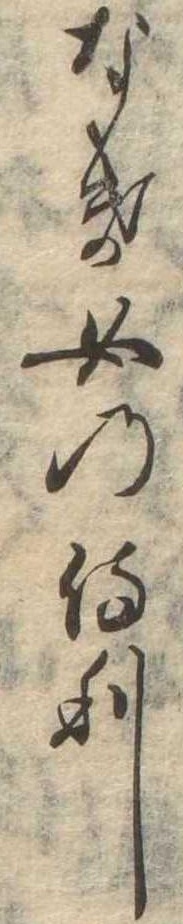
なき女の侍り